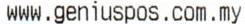
WWW.GENIUSPOS.COM.MY